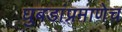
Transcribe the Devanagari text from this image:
घुबडांप्रमाणेच